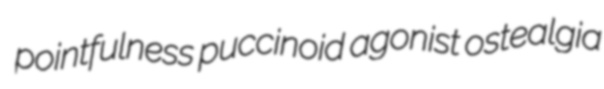
pointfulness puccinoid agonist ostealgia